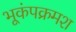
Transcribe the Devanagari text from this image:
भूकंपक्रमश